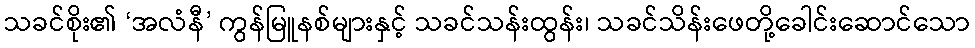
သခင်စိုး၏ ‘အလံနီ’ ကွန်မြူနစ်များနှင့် သခင်သန်းထွန်း၊ သခင်သိန်းဖေတို့ခေါင်းဆောင်သော